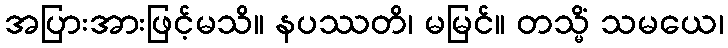
အပြားအားဖြင့်မသိ။ နပဿတိ၊ မမြင်။ တသ္မိံ သမယေ၊